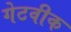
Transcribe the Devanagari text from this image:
गेटवीक